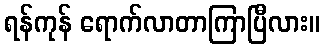
ရန်ကုန် ရောက်လာတာကြာပြီလား။